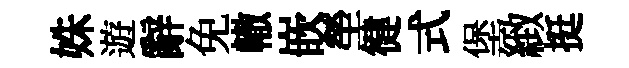
姝遊辭免轍嵌塋徤式堡緻挺